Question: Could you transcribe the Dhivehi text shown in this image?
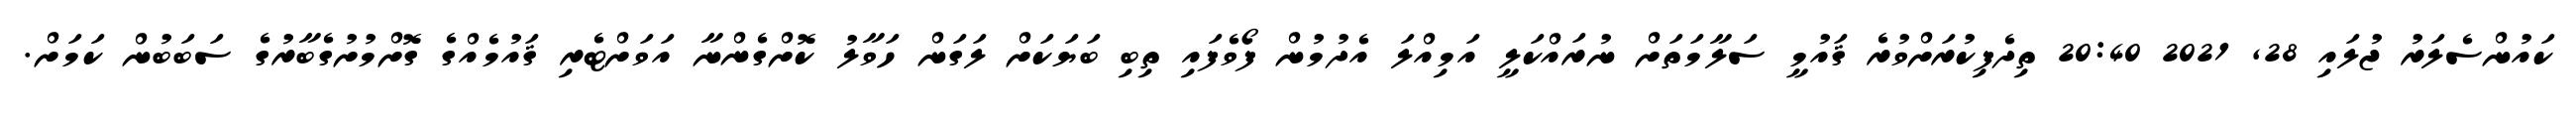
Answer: ކައުންސެލަރު ޖުލައި 28, 2021 20:40 ތިދެފިކުރަށްވުރެ ޤައުމީ ސަލާމަތަށް ނުރައްކަލީ އަމިއްލަ އެދުމުން ފޯވެފައި ތިބި ބަޔަކަށް ލަގަން ހަވާލު ކޮށްގެންނާ އަވަށްޓެރި ޤައުމެއްގެ ގޮށްމުށުގެބާރުގެ ސަބަބުން ކަމަށް.